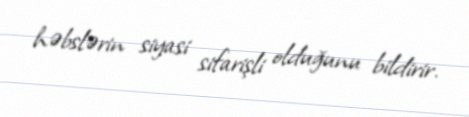
həbslərin siyasi sifarişli olduğunu bildirir.